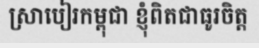
ស្រាបៀរកម្ពុជា ខ្ញុំពិតជាធូរចិត្ត